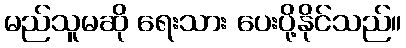
မည်သူမဆို ရေးသား ပေးပို့နိုင်သည်။